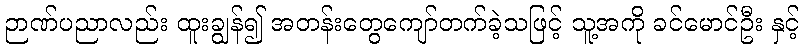
ဉာဏ်ပညာလည်း ထူးချွန်၍ အတန်းတွေကျော်တက်ခဲ့သဖြင့် သူ့အကို ခင်မောင်ဦး နှင့်